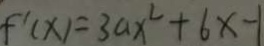
f ^ { \prime } ( x ) = 3 a x ^ { 2 } + 6 x - 1